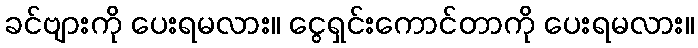
ခင်ဗျားကို ပေးရမလား။ ငွေရှင်းကောင်တာကို ပေးရမလား။